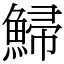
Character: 鯞